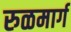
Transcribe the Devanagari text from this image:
रुळमार्ग